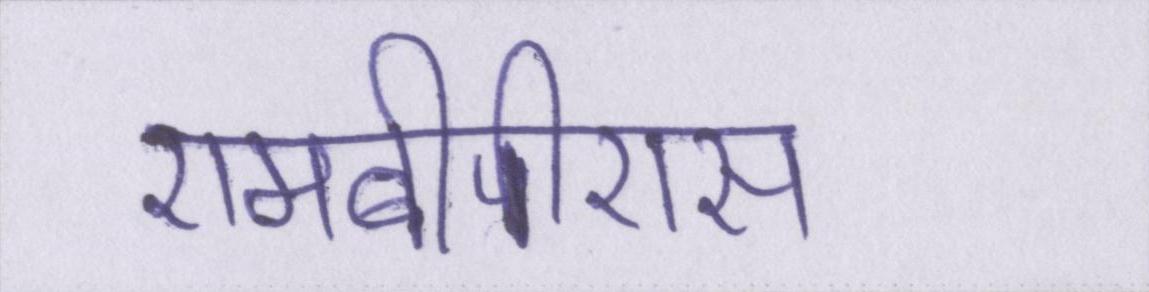
एमबीपीएस